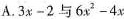
A.$$3x-2$$与$$6x^{2}-4x $$